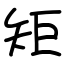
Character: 矩